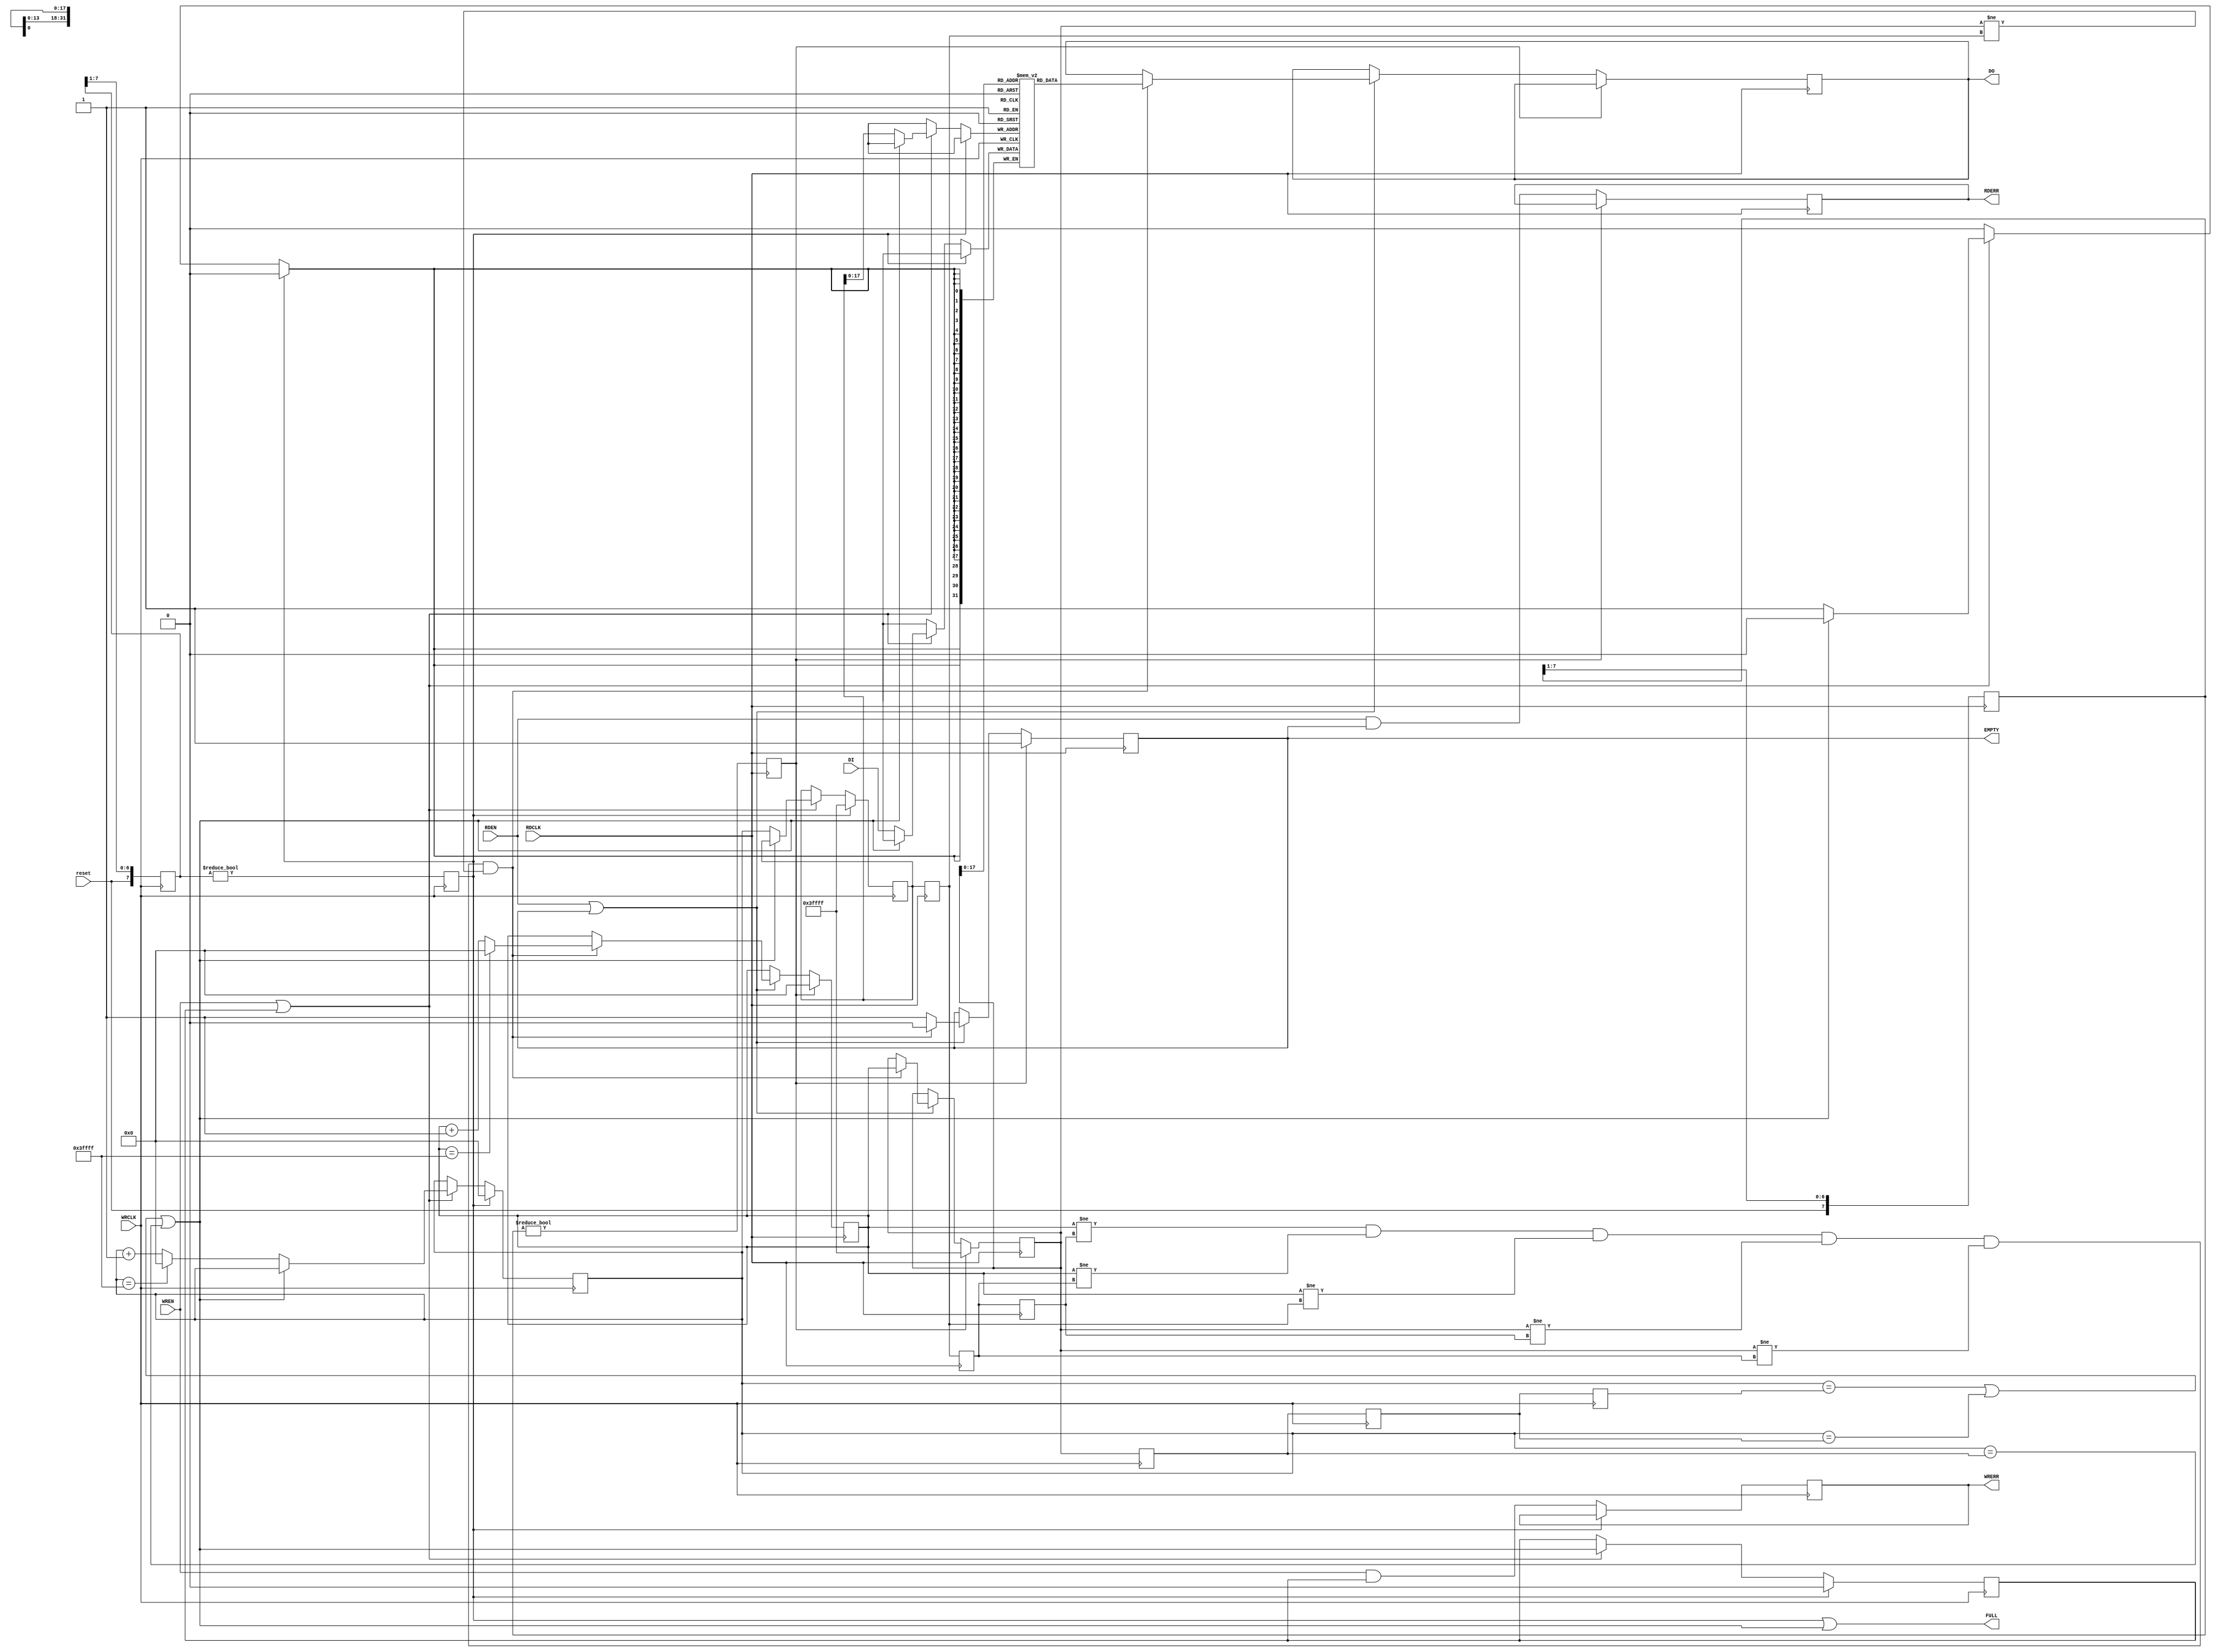
module bram_fifo # (
      	parameter BRAM_N = 256		// Number of BRAM blocks; 365 are available on 7A200.
      	                                // Due to an limitation if the synthesizer (Vivado 13.2)
      	                                // Maximum possible number is 256.
    ) (
	input reset,			// reset
	// FIFO protocol equal to FWFT FIFO in "7 Series Memory Resources" user guide (ug743)
	// input fifo interface
        input [31:0] DI,                // must be hold while FULL is asserted
        output FULL,                    // 1-bit output: Full flag
        output reg WRERR,               // 1-bit output: Write error
        input WRCLK,                    // 1-bit input: Rising edge write clock.
        input WREN,                     // 1-bit input: Write enable

	// output fifo interface
	output reg [31:0] DO,
	output reg EMPTY,               // 1-bit output: Empty flag, can be used as data valid indicator
        output reg RDERR,               // 1-bit output: Read error
        input RDCLK,                    // 1-bit input: Read clock
        input RDEN                      // 1-bit input: Read enable
    );
        
    localparam ADDR_WIDTH = 19;		
    localparam ADDR_MAX = 1024*BRAM_N-1;
    
    reg [31:0] BRAM[0:ADDR_MAX];
    
    // DRAM controller: writing
    reg reset_wr, WREN_BUF;
    reg [7:0] reset_wr_buf = 8'd0;
    reg [ADDR_WIDTH-1:0] WR_ADDR, WR_ADDR_NEXT, RD_ADDR_WR1, RD_ADDR_WR2, RD_ADDR_WR3;

    // DRAM controller: reading
    reg reset_rd;
    reg [7:0] reset_rd_buf = 8'd0;
    reg [ADDR_WIDTH-1:0] RD_ADDR, RD_ADDR_NEXT, WR_ADDR_RD1, WR_ADDR_RD2, WR_ADDR_RD3;

    assign FULL = reset_wr || FULL2;
    wire FULL2 = (WR_ADDR_NEXT==RD_ADDR_WR3) || (WR_ADDR_NEXT==RD_ADDR_WR2) || (WR_ADDR_NEXT==RD_ADDR_WR1);
    
    always @ (posedge WRCLK)
    begin
        RD_ADDR_WR1 <= RD_ADDR;
        RD_ADDR_WR2 <= RD_ADDR_WR1;
        RD_ADDR_WR3 <= RD_ADDR_WR2;
	
	reset_wr_buf <= { reset, reset_wr_buf[7:1] };
	reset_wr <= reset_wr_buf != 8'd0;
	
	if ( reset_wr )
	begin
	    WR_ADDR <= ADDR_MAX;
	    WR_ADDR_NEXT <= { (ADDR_WIDTH){1'b0} };
	    WREN_BUF <= 1'b0;
	end else
	begin
	    if ( WREN || WREN_BUF ) 		// process data
	    begin
		if ( ! FULL2 ) 
		begin
		    BRAM[WR_ADDR] <= DI;
		    WR_ADDR <= WR_ADDR_NEXT;
		    WR_ADDR_NEXT <= WR_ADDR_NEXT == ADDR_MAX ? { ADDR_WIDTH{1'b0} } : WR_ADDR_NEXT + 1;
		end
		WREN_BUF <= FULL2;
	    end
	    WRERR <= WREN && WREN_BUF;
	end
    end


    always @ (posedge RDCLK)
    begin
        WR_ADDR_RD1 <= WR_ADDR;
        WR_ADDR_RD2 <= WR_ADDR_RD1;
        WR_ADDR_RD3 <= WR_ADDR_RD2;
    
	reset_rd_buf <= { reset, reset_rd_buf[7:1] };
	reset_rd <= reset_rd_buf != 8'd0;
	
	if ( reset_rd )
	begin
	    RD_ADDR <= ADDR_MAX;
	    RD_ADDR_NEXT <= { (ADDR_WIDTH){1'b0} };
	    EMPTY <= 1'b1;
	end else
	begin
	    RDERR <= RDEN && EMPTY;
	    
	    if ( RDEN || EMPTY )
	    begin
		if ( (RD_ADDR_NEXT!=WR_ADDR_RD3) && (RD_ADDR_NEXT!=WR_ADDR_RD2) && (RD_ADDR_NEXT!=WR_ADDR_RD1) && (RD_ADDR!=WR_ADDR_RD3) && (RD_ADDR!=WR_ADDR_RD2) && (RD_ADDR!=WR_ADDR_RD1) ) 
		begin
		    EMPTY <= 1'b0;
    		    DO <= BRAM[RD_ADDR];
//		    DO <= { BRAM[RD_ADDR][23:0], RD_ADDR[7:0] };
		    RD_ADDR <= RD_ADDR_NEXT;
		    RD_ADDR_NEXT <= RD_ADDR_NEXT == ADDR_MAX ? { ADDR_WIDTH{1'b0} } : RD_ADDR_NEXT + 1;
		end else
		begin
		    EMPTY <= 1'b1;
		end
	    end
	end
    end

endmodule